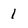
Character: 1